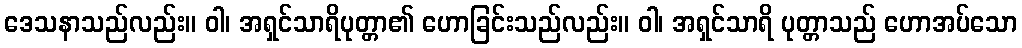
ဒေသနာသည်လည်း။ ဝါ၊ အရှင်သာရိပုတ္တာ၏ ဟောခြင်းသည်လည်း။ ဝါ၊ အရှင်သာရိ ပုတ္တာသည် ဟောအပ်သော